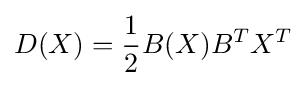
D(X)={\frac {1}{2}}B(X)B^{T}X^{T}